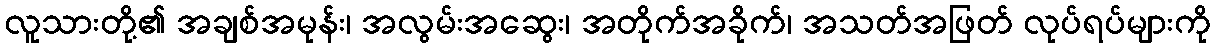
လူသားတို့၏ အချစ်အမုန်း၊ အလွမ်းအဆွေး၊ အတိုက်အခိုက်၊ အသတ်အဖြတ် လုပ်ရပ်များကို